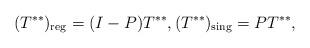
LaTeX: \begin{align*}(T^{**})_{\rm reg}=(I-P)T^{**}, (T^{**})_{\rm sing}=PT^{**},\end{align*}